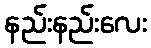
နည်းနည်းလေး